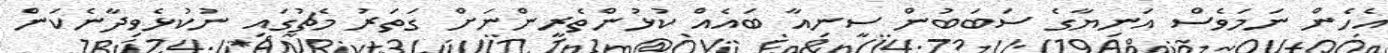
އެހެން ނަމަވެސް އަނިޔާގެ ސަބަބުން ސީނިއާ ބައެއް ކުޅުންތެރީންނަށް ގަތަރު މެޗުގައި ނުކުޅެވިދާނެކަން